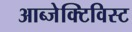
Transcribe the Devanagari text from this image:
आब्जेक्टिविस्ट